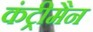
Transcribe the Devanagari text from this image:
कंट्रीमैन